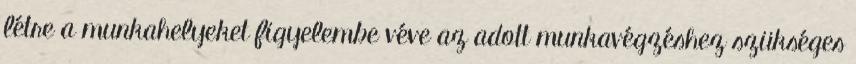
létre a munkahelyeket figyelembe véve az adott munkavégzéshez szükséges